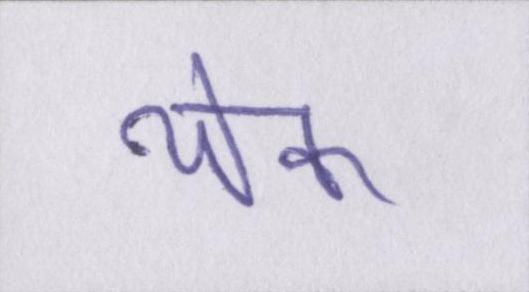
येक